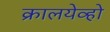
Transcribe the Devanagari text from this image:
क्रालयेव्हो